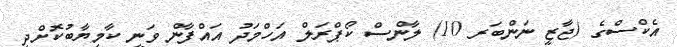
އެކްސްގެ (ޖާޒީ ނަންބަރ 10) ލާންސް ކޯޕްރަލް އަހްމަދު އައްފާން ވަނީ ކާމިޔާބުކޮށްދީ